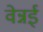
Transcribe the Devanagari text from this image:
वेन्नई